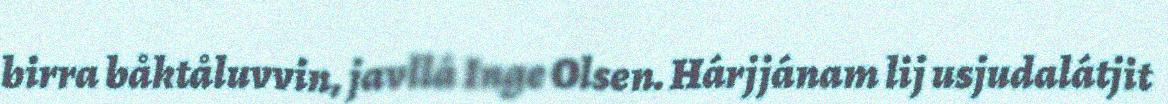
birra båktåluvvin, javllá Inge Olsen. Hárjjánam lij usjudalátjit